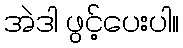
အဲဒါ ဖွင့်ပေးပါ။